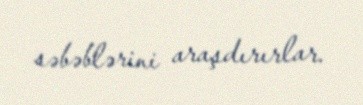
səbəblərini araşdırırlar.